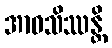
အာဝသိဿန္တိ